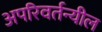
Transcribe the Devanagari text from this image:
अपरिवर्तन्यील